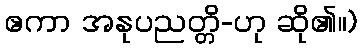
ဧကာ အနုပညတ္တိ-ဟု ဆို၏။)